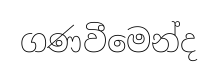
ගණවීමෙන්ද